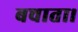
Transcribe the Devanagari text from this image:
बचाता।